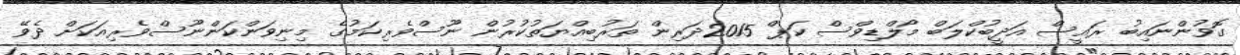
ގޮވުންނައިބު ރައީސް އަދީބުކްލަބް މޯލްޑިވްސް ކަޕް 2015ދަރިން ތަރުބިއްޔަތުކުރުން ނޫސްވެރިކަމުގެ މިނިވަންކަންނޫސްވެރިއަކަށް ދެވޭ